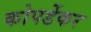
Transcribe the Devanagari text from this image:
कोपर्डेकर